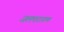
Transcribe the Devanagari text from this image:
जलपरागण